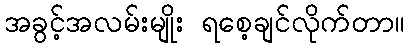
အခွင့်အလမ်းမျိုး ရစေ့ချင်လိုက်တာ။